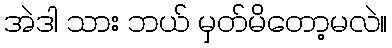
အဲဒါ သား ဘယ် မှတ်မိတော့မလဲ။